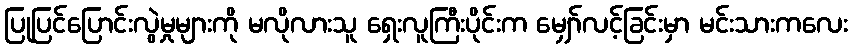
ပြုပြင်ပြောင်းလွဲမှုများကို မလိုလားသူ ရှေးလူကြီးပိုင်းက မျှော်လင့်ခြင်းမှာ မင်းသားကလေး